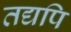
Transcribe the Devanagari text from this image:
तद्यपि